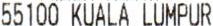
55100 KUALA LUMPUR